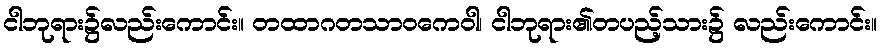
ငါဘုရား၌လည်းကောင်း။ တထာဂတသာဝကေဝါ၊ ငါဘုရား၏တပည့်သား၌ လည်းကောင်း။